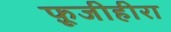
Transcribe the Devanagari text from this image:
फ़ूजीहीरा